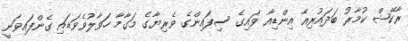
ރާކޭޝް ކުމާރު ބަދައުރިއާ އިންޑިއާ ވައިގެ ސިފައިންގެ ވެރިޔާގެ މަގާމާ ހަވާލުވެވަޑައި ގެންފައިވަނީ